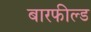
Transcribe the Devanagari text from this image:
बारफील्ड